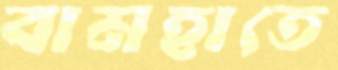
বামহাতে